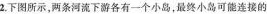
2.下图所示。两条河流下游各有一个小岛，最终小岛可能连接的